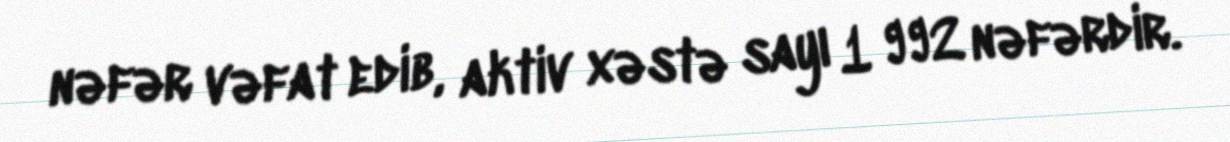
nəfər vəfat edib, aktiv xəstə sayı 1 992 nəfərdir.